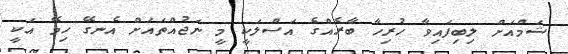
ޝަމްއަށް ލިބިފައިވާ ހުރިހާ ބާރެއްގެ އަސްލަކީ މީ ނަޖުއްތައަށް އެނގޭ ހިމޭ އަކީ